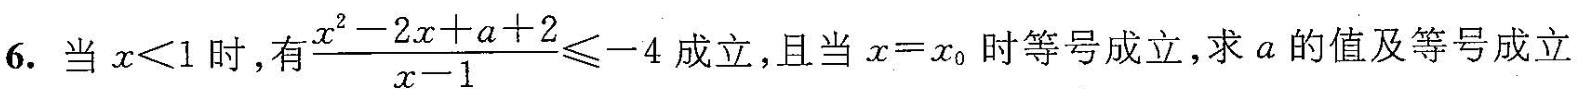
6.当x≤1时，有 \frac{x^{2}-2x+a+2}{x-1} \leqslant -4 成立，且当x=x。时等号成立，求a的值及等号成立。